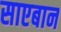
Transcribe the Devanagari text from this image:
साएबान